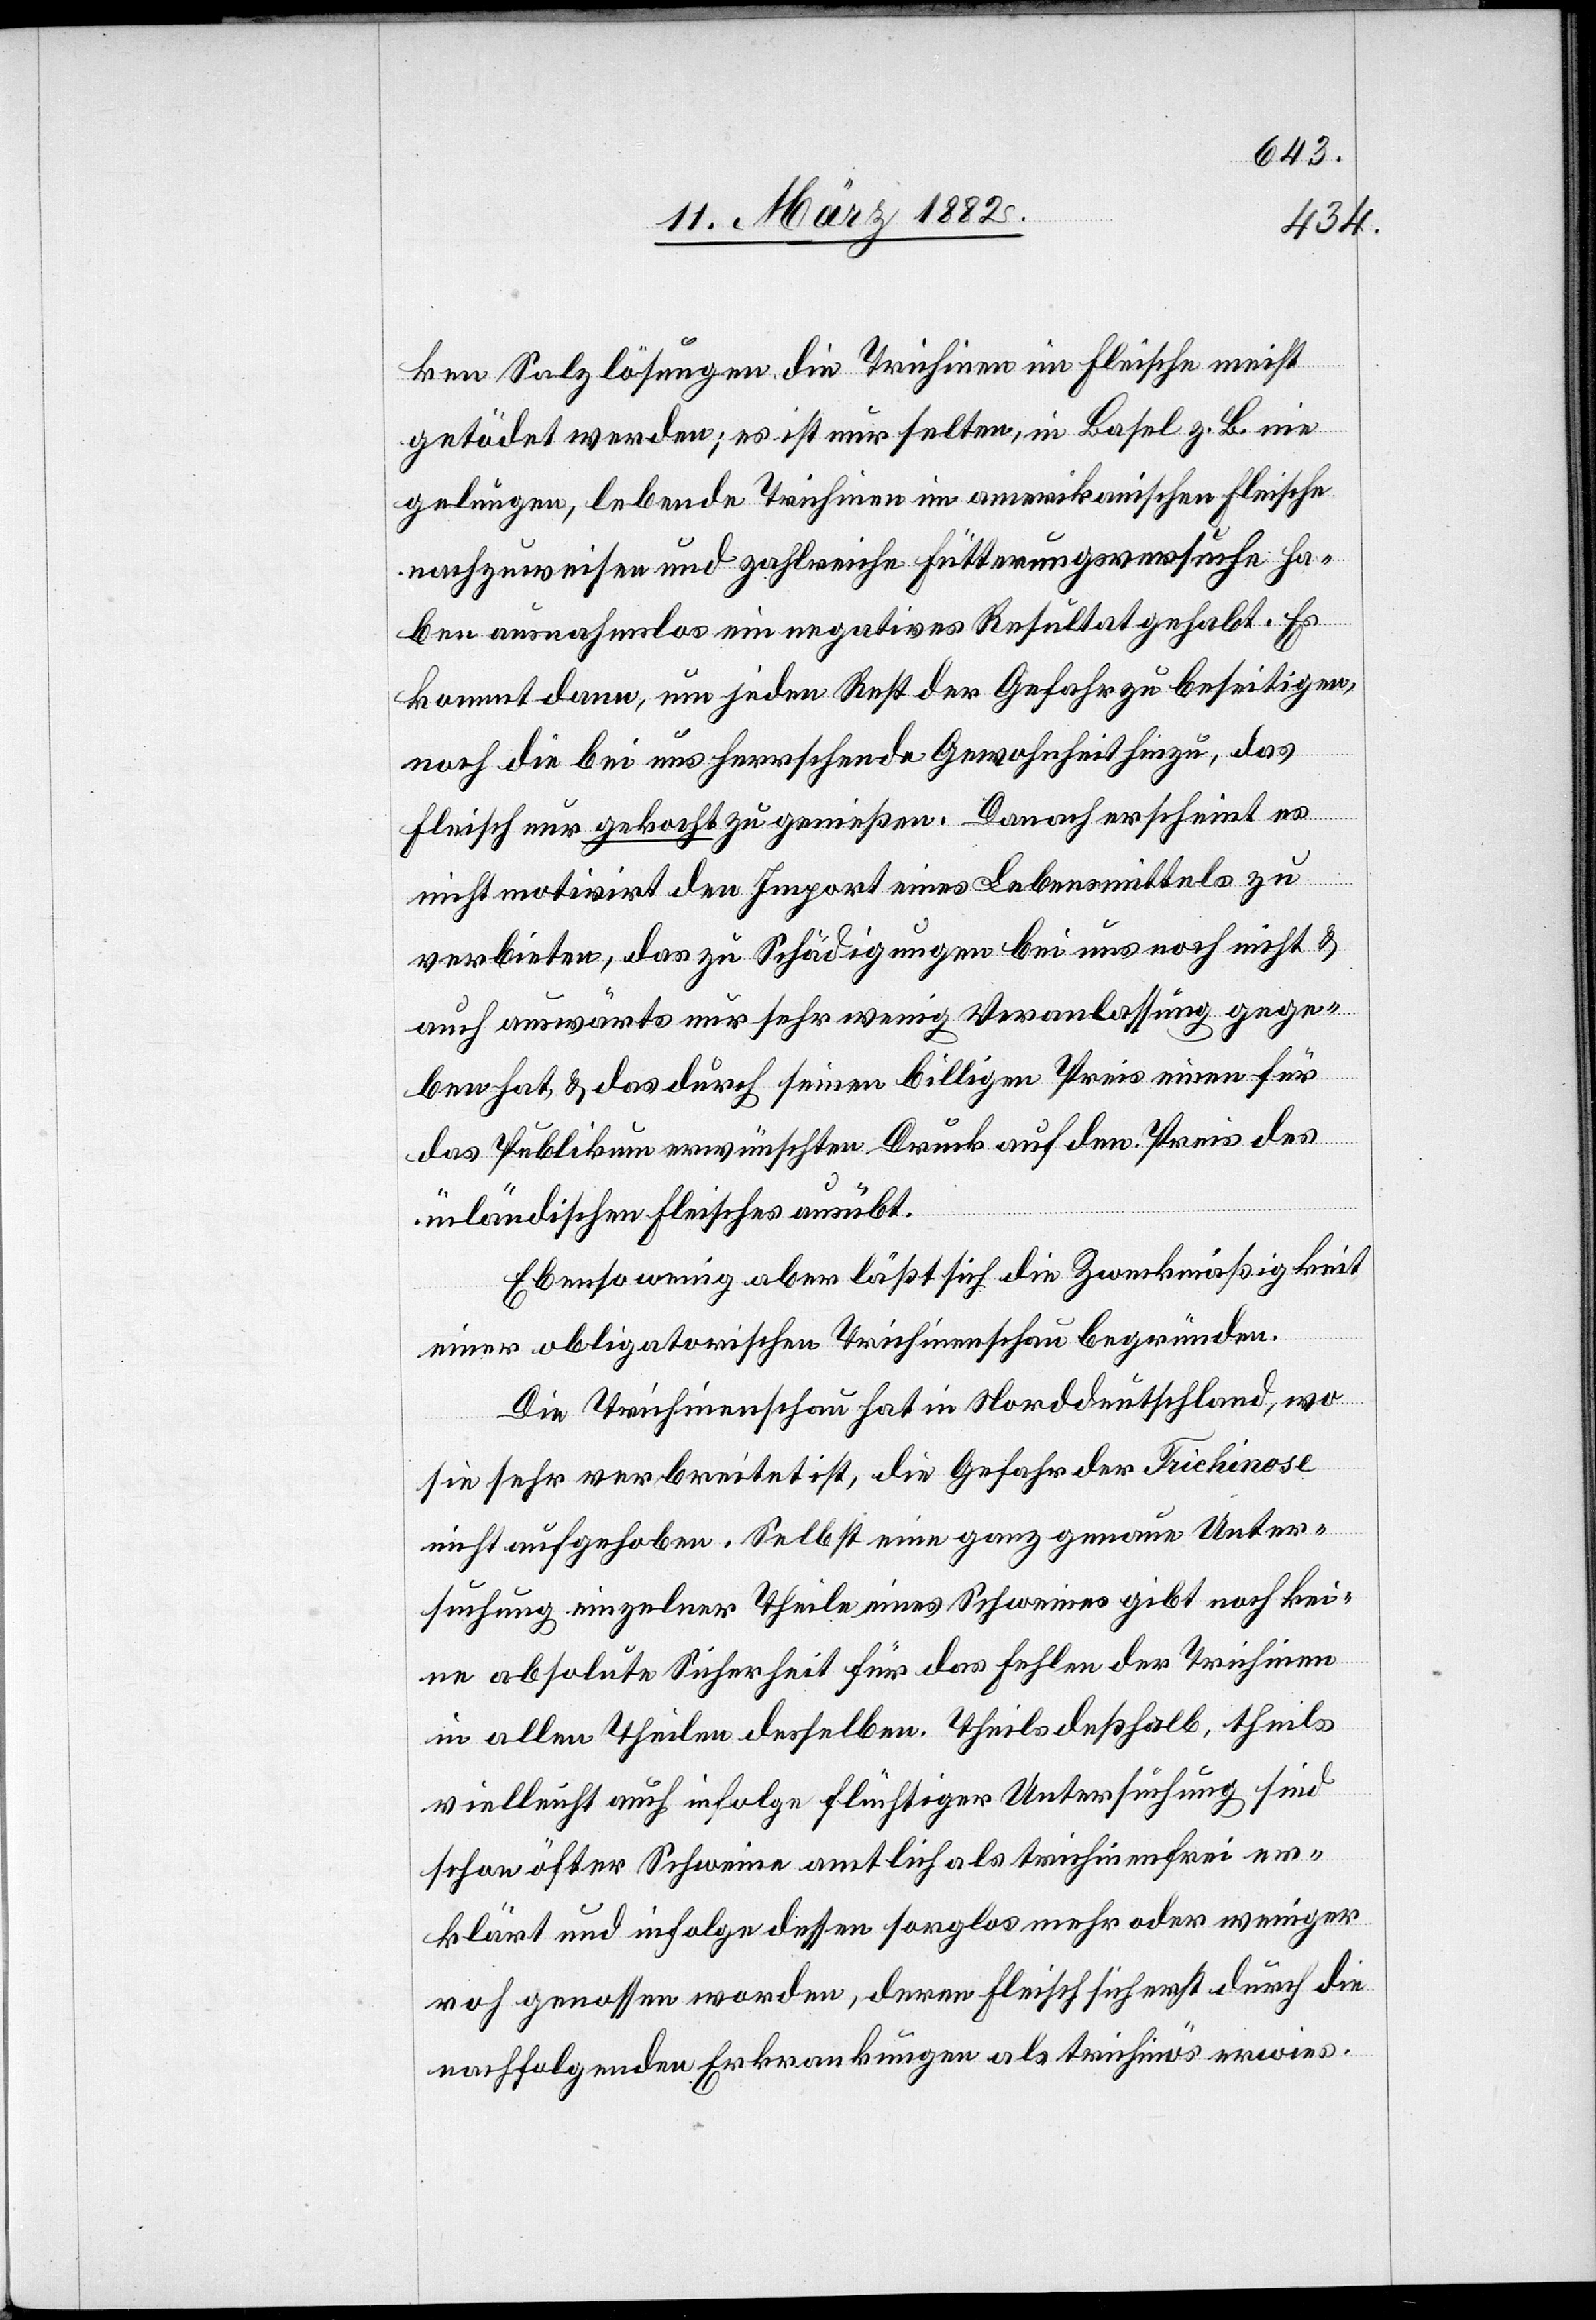
ken Salzlösungen die Trichinen im Fleische meist
getödet werden; es ist nur selten, in Basel z. B. nie
gelungen, lebende Trichinen im amerikanischen Fleische
nachzuweisen und zahlreiche Fütterungsversuche ha¬
ben ausnahmslos ein negatives Resultat gehabt. Es
kommt dann, um jeden Rest der Gefahr zu beseitigen,
noch die bei uns herrschende Gewohnheit hinzu, das
Fleisch nur gekocht zu genießen. Danach erscheint es
nicht motiviert den Import eines Lebensmittels zu
verbieten, das zu Schädigungen bei uns noch nicht &
auch auswärts nur sehr wenig Veranlassung gege¬
ben hat, & das durch seinen billigen Preis einen für
das Publikum erwünschten Druck auf den Preis des
inländischen Fleisches ausübt.
Ebenso wenig aber läßt sich die Zweckmäßigkeit
einer obligatorischen Trichinenschau begründen.
Die Trichinenschau hat in Norddeutschland, wo
sie sehr verbreitet ist, die Gefahr der Trichinose
nicht aufgehoben. Selbst eine ganz genaue Unter¬
suchung einzelner Theile eines Schweines gibt noch kei¬
ne absolute Sicherheit für das Fehlen der Trichine
in allen Theilen desselben. Theils deßhalb, theils
vielleicht auch infolge flüchtiger Untersuchung, sind
schon öfters Schweine amtlich als trichinenfrei er¬
klärt und infolge dessen sorglos mehr oder weniger
roh genossen worden, deren Fleisch sich erst durch die
nachfolgenden Erkrankungen als trichinös erwies.